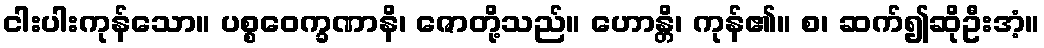
ငါးပါးကုန်သော။ ပစ္စဝေက္ခဏာနိ၊ ဇောတို့သည်။ ဟောန္တိ၊ ကုန်၏။ စ၊ ဆက်၍ဆိုဦးအံ့။